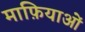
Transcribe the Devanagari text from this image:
माफ़ियाओं